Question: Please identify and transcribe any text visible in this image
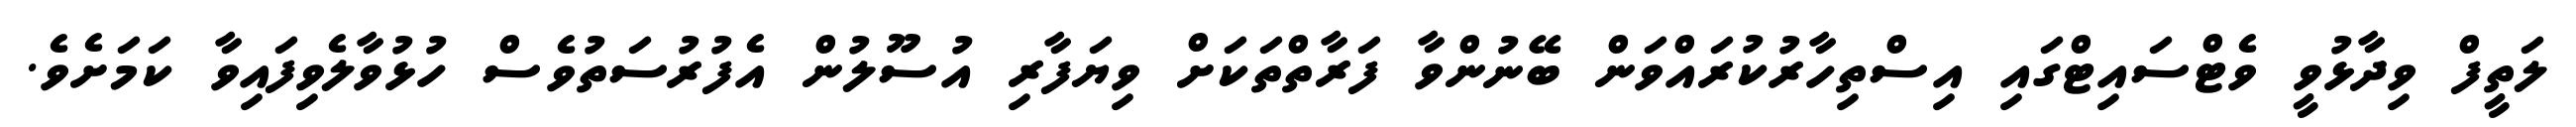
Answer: ލަތީފް ވިދާޅުވީ ވެޓްސައިޓްގައި އިސްތިހާރުކުރައްވަން ބޭނުންވާ ފަރާތްތަކަށް ވިޔަފާރި އުސޫލުން އެފުރުސަތުވެސް ހުޅުވާލެވިފައިވާ ކަމަށެވެ.